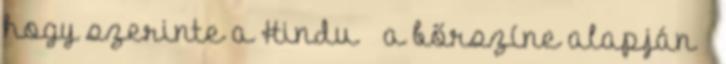
hogy szerinte a Hindu – a bőrszíne alapján –